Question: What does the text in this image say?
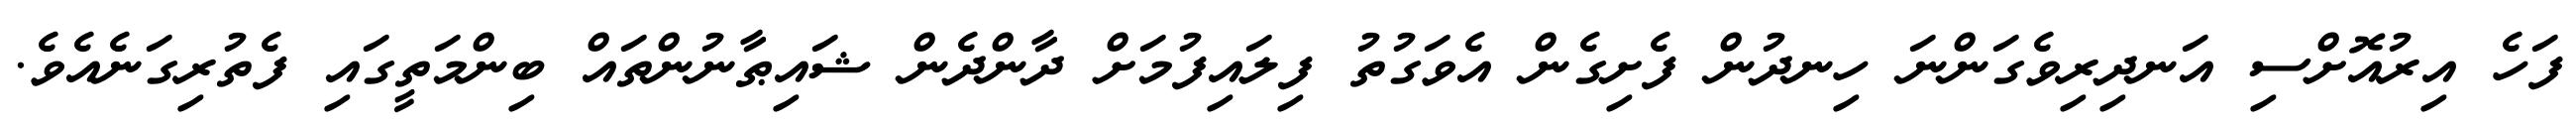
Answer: ފަހެ އިރުއޮށްސި އަނދިރިވެގަންނަ ހިނދުން ފެށިގެން އެވަގުތު ފިލައިފުމަށް ދާންދެން ޝައިޠާނުންތައް ބިންމަތީގައި ފެތުރިގަނެއެވެ.